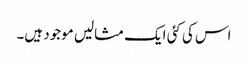
اس کی کئی ایک مثالیں موجود ہیں۔